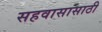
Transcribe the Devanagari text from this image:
सहवासासाठी